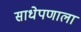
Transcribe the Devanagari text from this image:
साधेपणाला